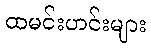
ထမင်းဟင်းများ